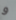
و